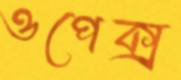
ওপেক্স